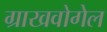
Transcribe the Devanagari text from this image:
ग्राखवोगेल